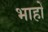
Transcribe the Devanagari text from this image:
भाहों